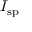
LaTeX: I _ { \mathrm { s p } }